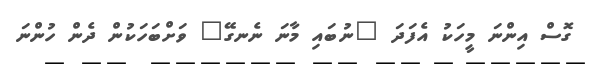
ގޮސް އިންނަ މީހަކު އެފަދަ "ނުބައި މާނަ ނެނގޭ" ވަށްބަހަކުން ދެން ހުންނަ